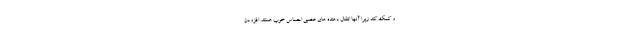
و کمک کند زیرا آنها انتقال دهنده های عصبی احساس خوب هستند. افزودن